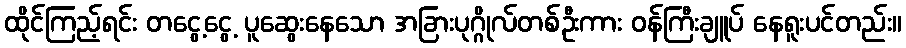
ထိုင်ကြည့်ရင်း တငွေ့ငွေ့ ပူဆွေးနေသော အခြားပုဂ္ဂိုလ်တစ်ဦးကား ဝန်ကြီးချူပ် နေရူးပင်တည်း။